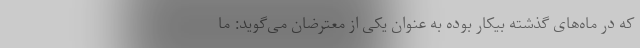
که در ماه‌های گذشته بیکار بوده به عنوان یکی از معترضان می‌گوید: ما